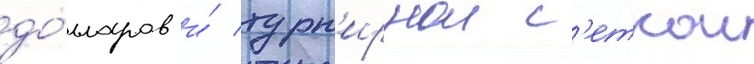
до́лларов и́ турн'ирнои с'еткои